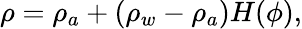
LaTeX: \rho=\rho_{a}+\left(\rho_{w}-\rho_{a}\right)H(\phi),